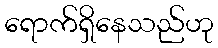
ရောက်ရှိနေသည်ဟု